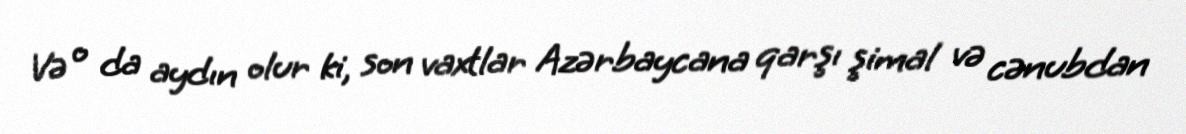
Və o da aydın olur ki, son vaxtlar Azərbaycana qarşı şimal və cənubdan